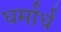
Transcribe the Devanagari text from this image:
धर्मार्ध